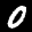
Label: 0